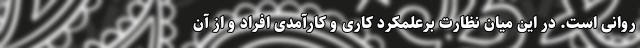
روانی است. در این میان نظارت برعلمکرد کاری و کارآمدی افراد و از آن